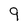
Character: 9